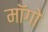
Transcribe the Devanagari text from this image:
माॅगो